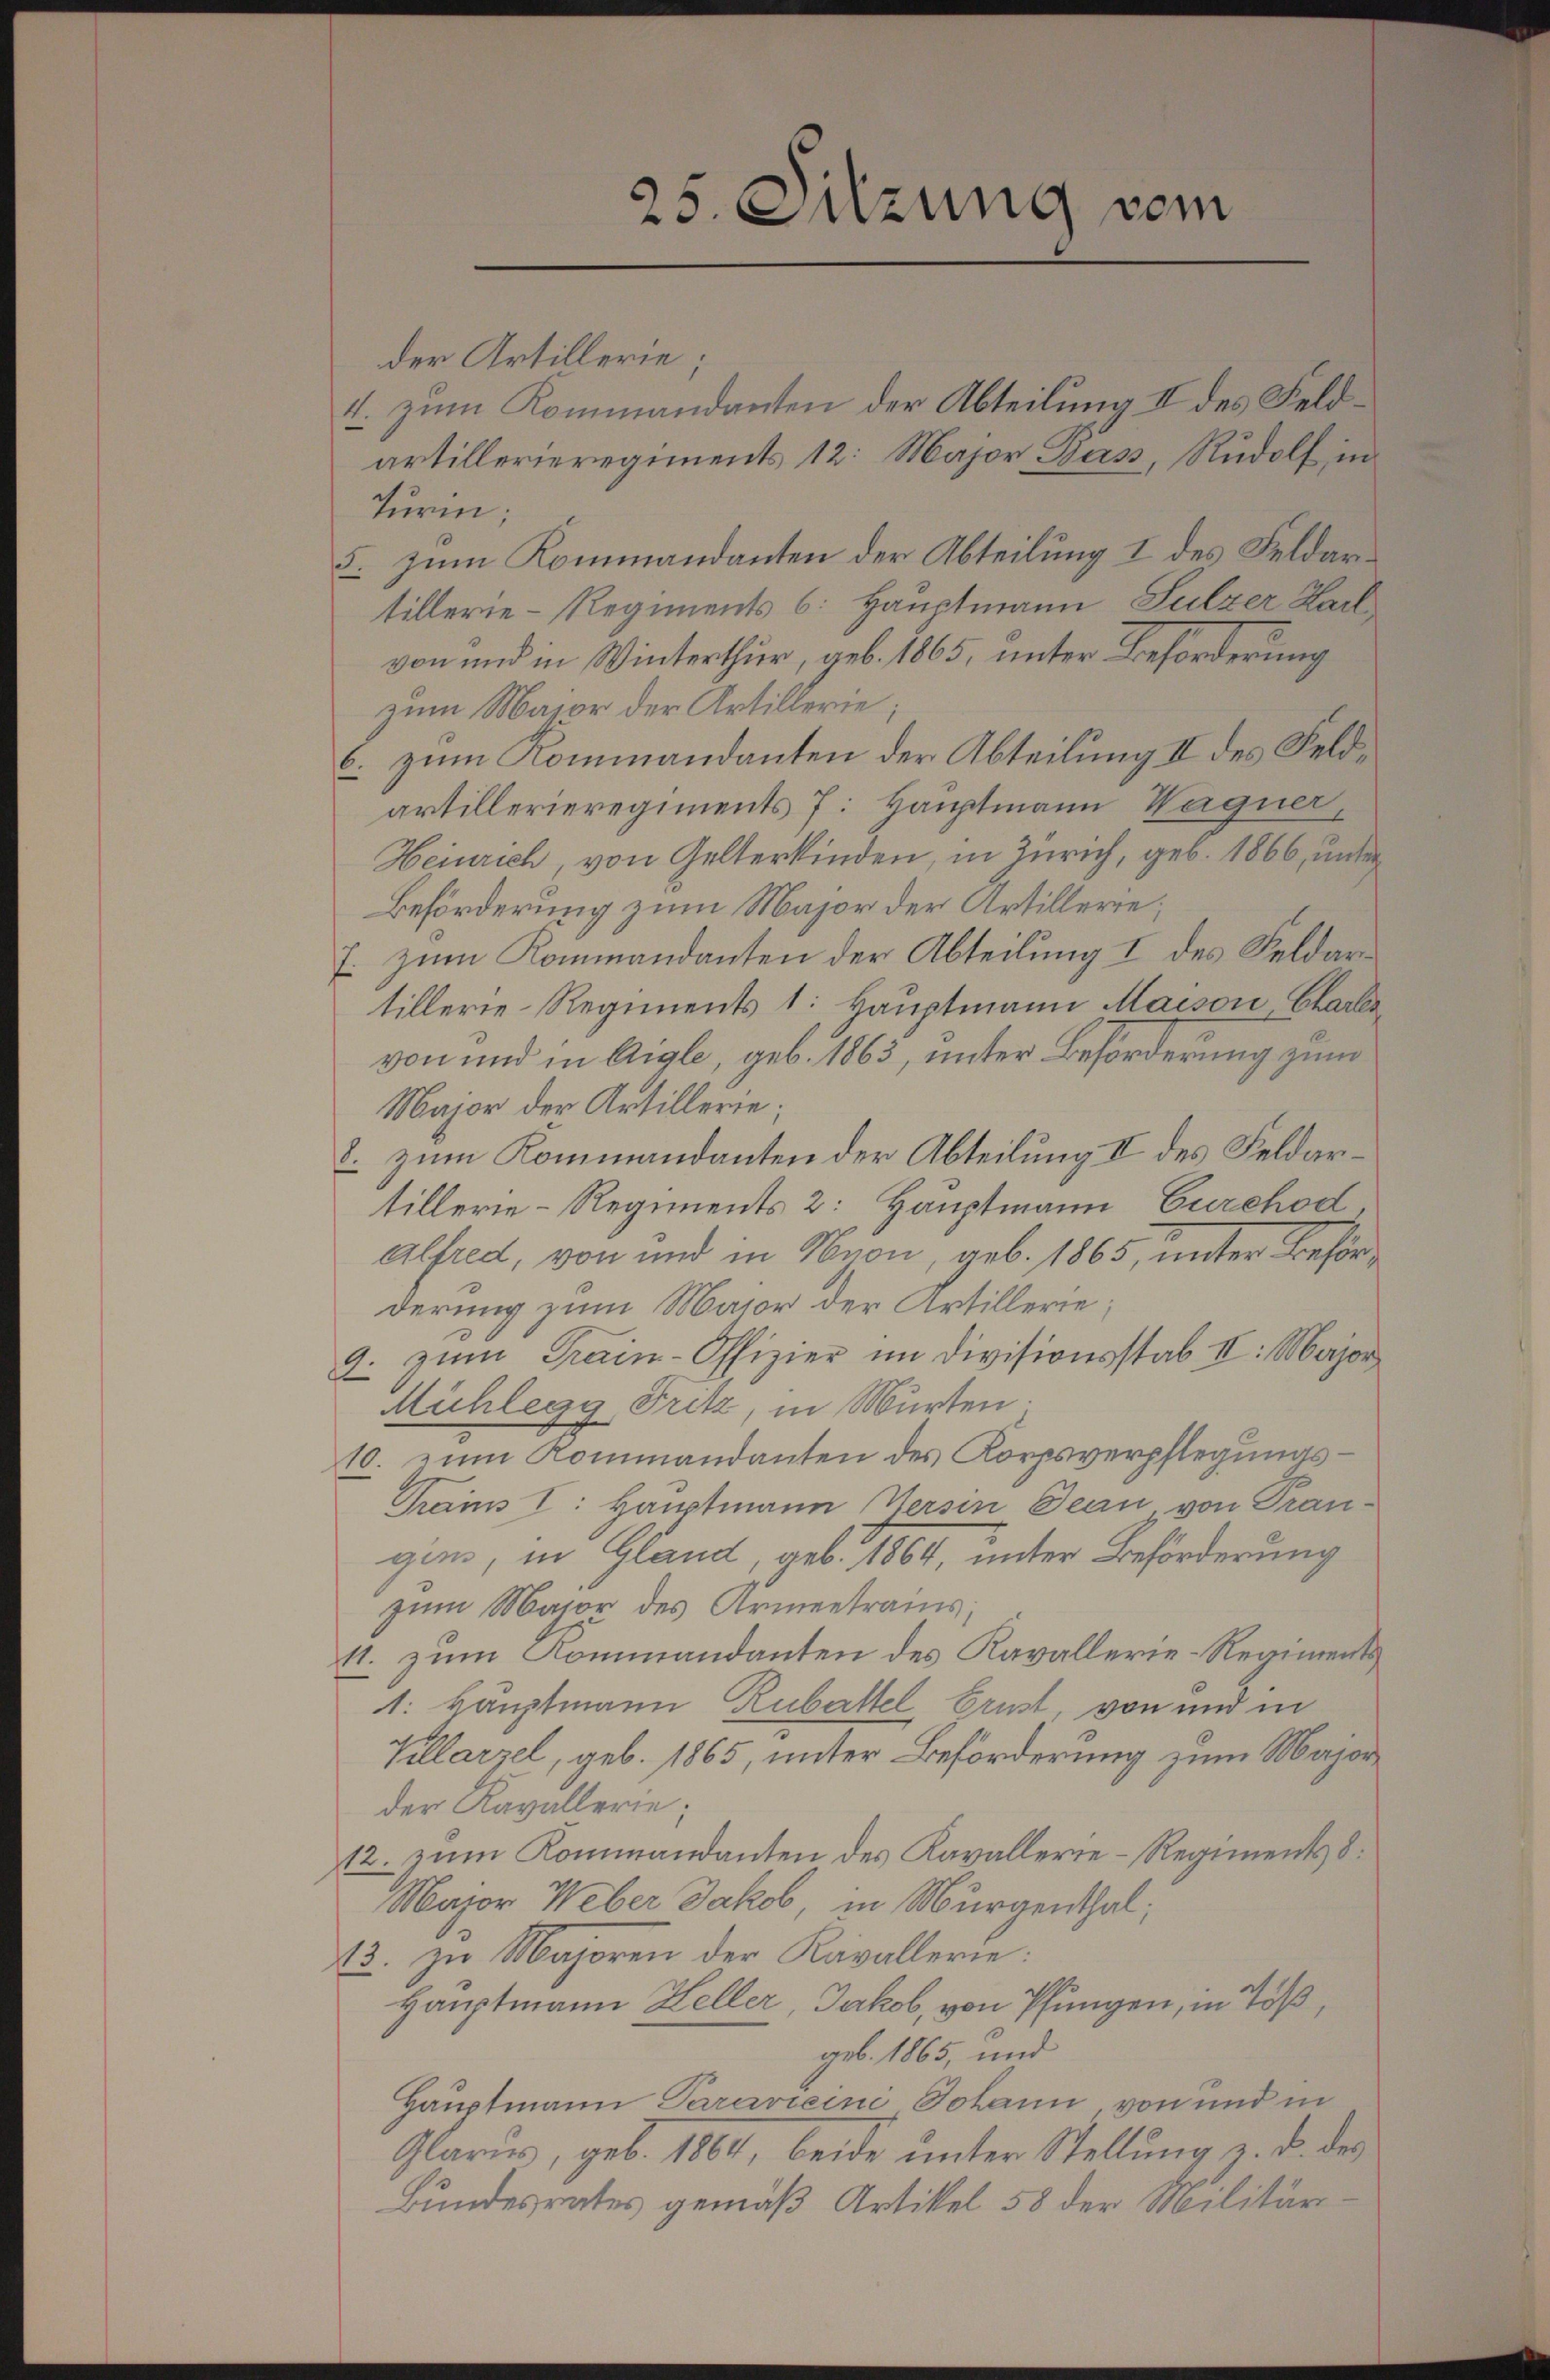
25. Sitzung vom

der Artillerie;
4. zum Kommandanten der Abteilung II des Feldartillerieregiments 12: Major, Bass, Rudolf in
Turm;
5. zum Kommandanten der Abteilung I des Feldartillerie-Regiments 6. Hauptmann Sulzer Karl
von und in Winterthur, geb. 1865, unter Beförderung
zum Major der Artillerie;
6. zum Kommandanten der Abteilung II des Feldartillerieregiments 7: Hauptmann Wagner,
Heinrich, von Gelterkinden, in Zürich, geb. 1866, unter
Beförderung zum Major der Artillerre;
7. zum Kommandanten der Abteilung I des Feldartillerie-Regiments 1: Hauptmann Maison Charles
von und in Aigle, geb. 1863, unter Beförderung zum
Major der Artillerie;
8. zum Kommandanten der Abteilung II des Feldartillerie-Regiments 2: Hauptmann Gurchod
alfred, von und in Nyon, geb. 1865, unter Behörderung zum Mair der Artillerie;
9. zŭm Frein-Offizier im Divisionsstab II: Major
Michlegg, Fritz, in Murten.
10. zum Kommandanten des Korpsverpflegungs-
Trains I: Hauptmann Versin Jean von Trangan, in Gland, geb. 1864, unter Beförderung
zum Maior des Armentrans
11. zum Kommandanten des Kavallerie-Regiments¬
1: Hauptmann Rubattel Brust, von und in
Kellarzel, geb. 1865, unter Beförderung zum Majorder Kavallerie;
12. zum Kommandanten des Kavallerie-Regiments 8.
Major Weber Jakob, in Murgenthal:
13. zu Majoren der Kavallerie:
Hauptmann Heller, Jakob, von Pfungen, in Tößgeb. 1865, und
Hauptmann Paravicini Johann von und in
Glarus, geb. 1864, beide unter Stellung u. d. des
Bundesrates gemäß Artikel 58 der Militär